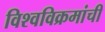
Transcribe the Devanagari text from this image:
विश्वविक्रमांची